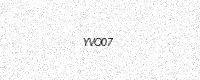
Text: YVO07